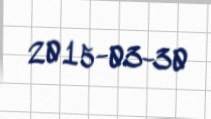
2015-03-30